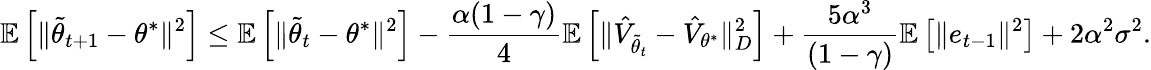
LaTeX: \mathbb{E}\left[\Vert\tilde{\theta}_{t+1}-\theta^{*}\Vert^{2}\right]\leq\mathbb{E}\left[\Vert\tilde{\theta}_{t}-\theta^{*}\Vert^{2}\right]-\frac{\alpha(1-\gamma)}{4}\mathbb{E}\left[\Vert\hat{V}_{\tilde{\theta}_{t}}-\hat{V}_{\theta^{*}}\Vert_{D}^{2}\right]+\frac{5\alpha^{3}}{(1-\gamma)}\mathbb{E}\left[\Vert e_{t-1}\Vert^{2}\right]+2\alpha^{2}\sigma^{2}.